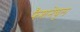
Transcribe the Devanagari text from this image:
फैशनेबुल